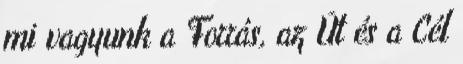
mi vagyunk a Forrás, az Út és a Cél